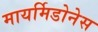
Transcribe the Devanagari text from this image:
मायर्मिडोनेस